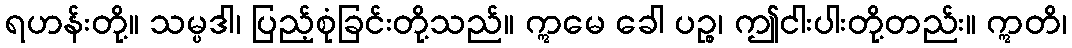
ရဟန်းတို့။ သမ္ပဒါ၊ ပြည့်စုံခြင်းတို့သည်။ ဣမေ ခေါ ပဉ္စ၊ ဤငါးပါးတို့တည်း။ ဣတိ၊